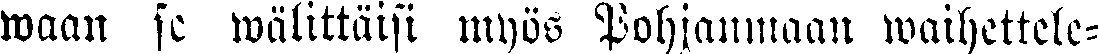
waan se wälittäisi myös Pohjanmaan waihettele-